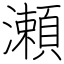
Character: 瀬